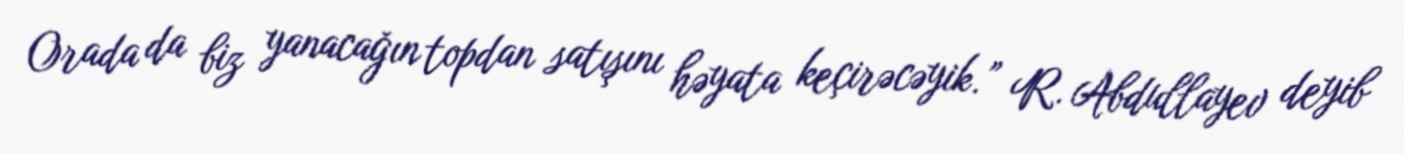
Orada da biz yanacağın topdan satışını həyata keçirəcəyik.” R. Abdullayev deyib